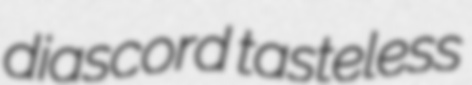
diascord tasteless